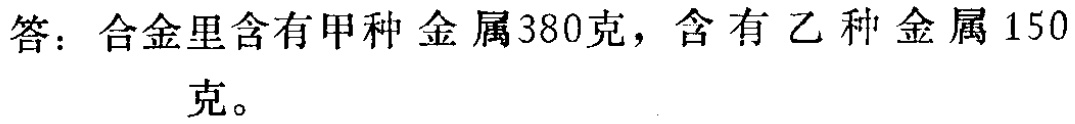
答：合金里含有甲种金属380克，含有乙种金属150克。